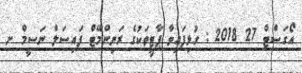
އޯގަސްޓް 27 2018 : ގުޅިފައިވާ ޕާޓީތަކުގެ ރަނިންްމޭޓް ފައިސަލް ނަސީމް ށ